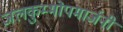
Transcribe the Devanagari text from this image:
जलकुम्भोपमार्जनी